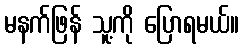
မနက်ဖြန် သူ့ကို ပြောရမယ်။